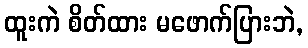
ထူးကဲ စိတ်ထား မဖောက်ပြားဘဲ,